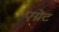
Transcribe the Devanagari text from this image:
एग्रेट